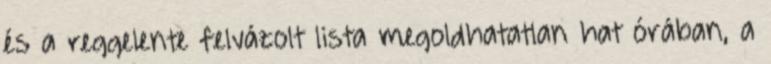
és a reggelente felvázolt lista megoldhatatlan hat órában, a